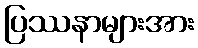
ပြဿနာများအား